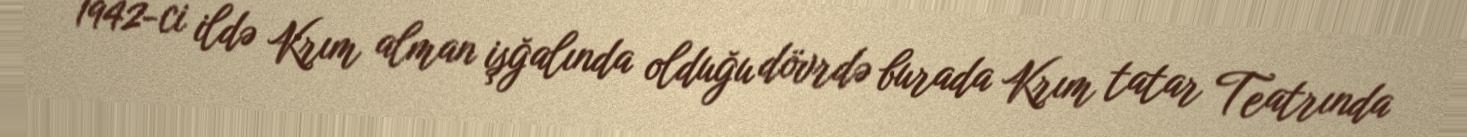
1942-ci ildə Krım alman işğalında olduğu dövrdə burada Krım tatar Teatrında